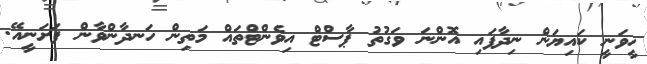
ހީވަނީ ކައިޔަން ނިދާފައި އޮންނަ ވަގުތު ޕާސްޓް އިވެންޓްތައް މަތިން ހަނދާންވާން ފަށަނީއޭ.